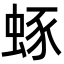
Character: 䖶